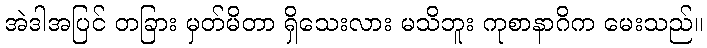
အဲဒါအပြင် တခြား မှတ်မိတာ ရှိသေးလား မသိဘူး ကုစာနာဂိက မေးသည်။